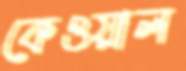
কেওয়াল